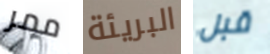
ممر البريئة قبل